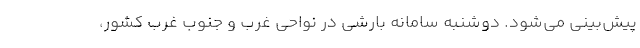
پیش‌بینی می‌شود. دوشنبه سامانه بارشی در نواحی غرب و جنوب غرب کشور،